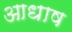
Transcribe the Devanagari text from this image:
आधाष